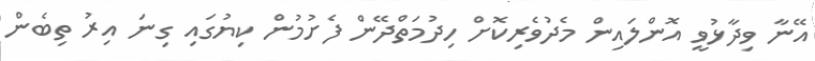
އޭނާ ވިދާޅުވީ އޮންލައިން މެދުވެރިކޮށް ހިދުމަތްދޭން ފެށުމުން ކިޔުގައި ގިނަ އިރު ތިބެން